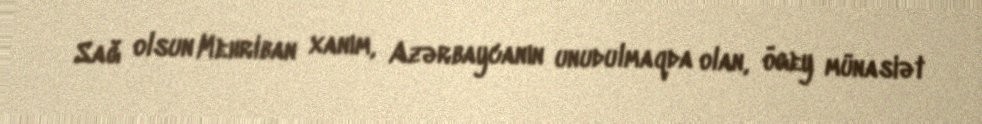
Sağ olsun Mehriban xanım, Azərbaycanın unudulmaqda olan, ögey münasiət